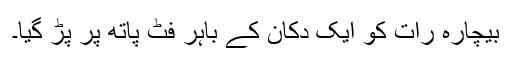
بیچارہ رات کو ایک دکان کے باہر فٹ پاتھ پر پڑ گیا۔